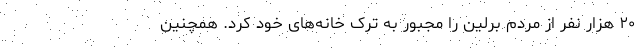
۲۰ هزار نفر از مردم برلین را مجبور به ترک خانه‌های خود کرد. همچنین